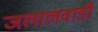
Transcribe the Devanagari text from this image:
जलालवाडी